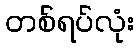
တစ်ရပ်လုံး